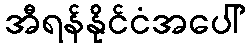
အီရန်နိုင်ငံအပေါ်